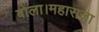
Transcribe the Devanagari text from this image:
बोला।महाराजा